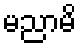
မညာမိ